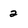
Character: 2